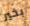
بخير